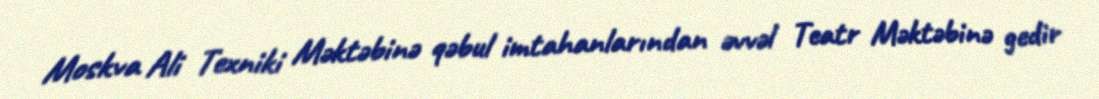
Moskva Ali Texniki Məktəbinə qəbul imtahanlarından əvvəl Teatr Məktəbinə gedir